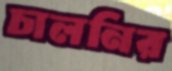
চালনির